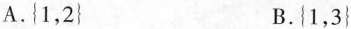
A.{1，2} B.{1，3}